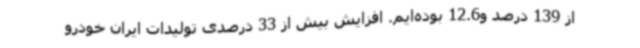
از 139 درصد و12.6 بوده‌ایم. افزایش بیش از 33 درصدی تولیدات ایران خودرو